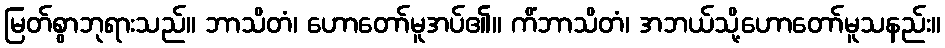
မြတ်စွာဘုရားသည်။ ဘာသိတံ၊ ဟောတော်မူအပ်၏။ ကိံဘာသိတံ၊ အဘယ်သို့ဟောတော်မူသနည်း။